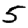
Digit: 5